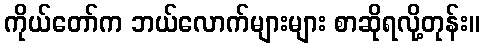
ကိုယ်တော်က ဘယ်လောက်များများ စာဆိုရလို့တုန်း။